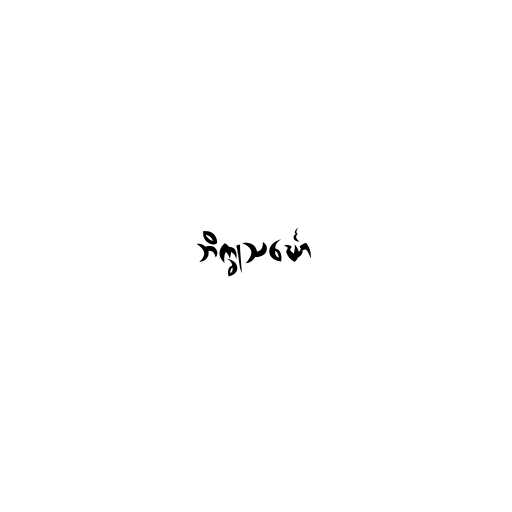
ဘိက္ခုသင်္ဃော